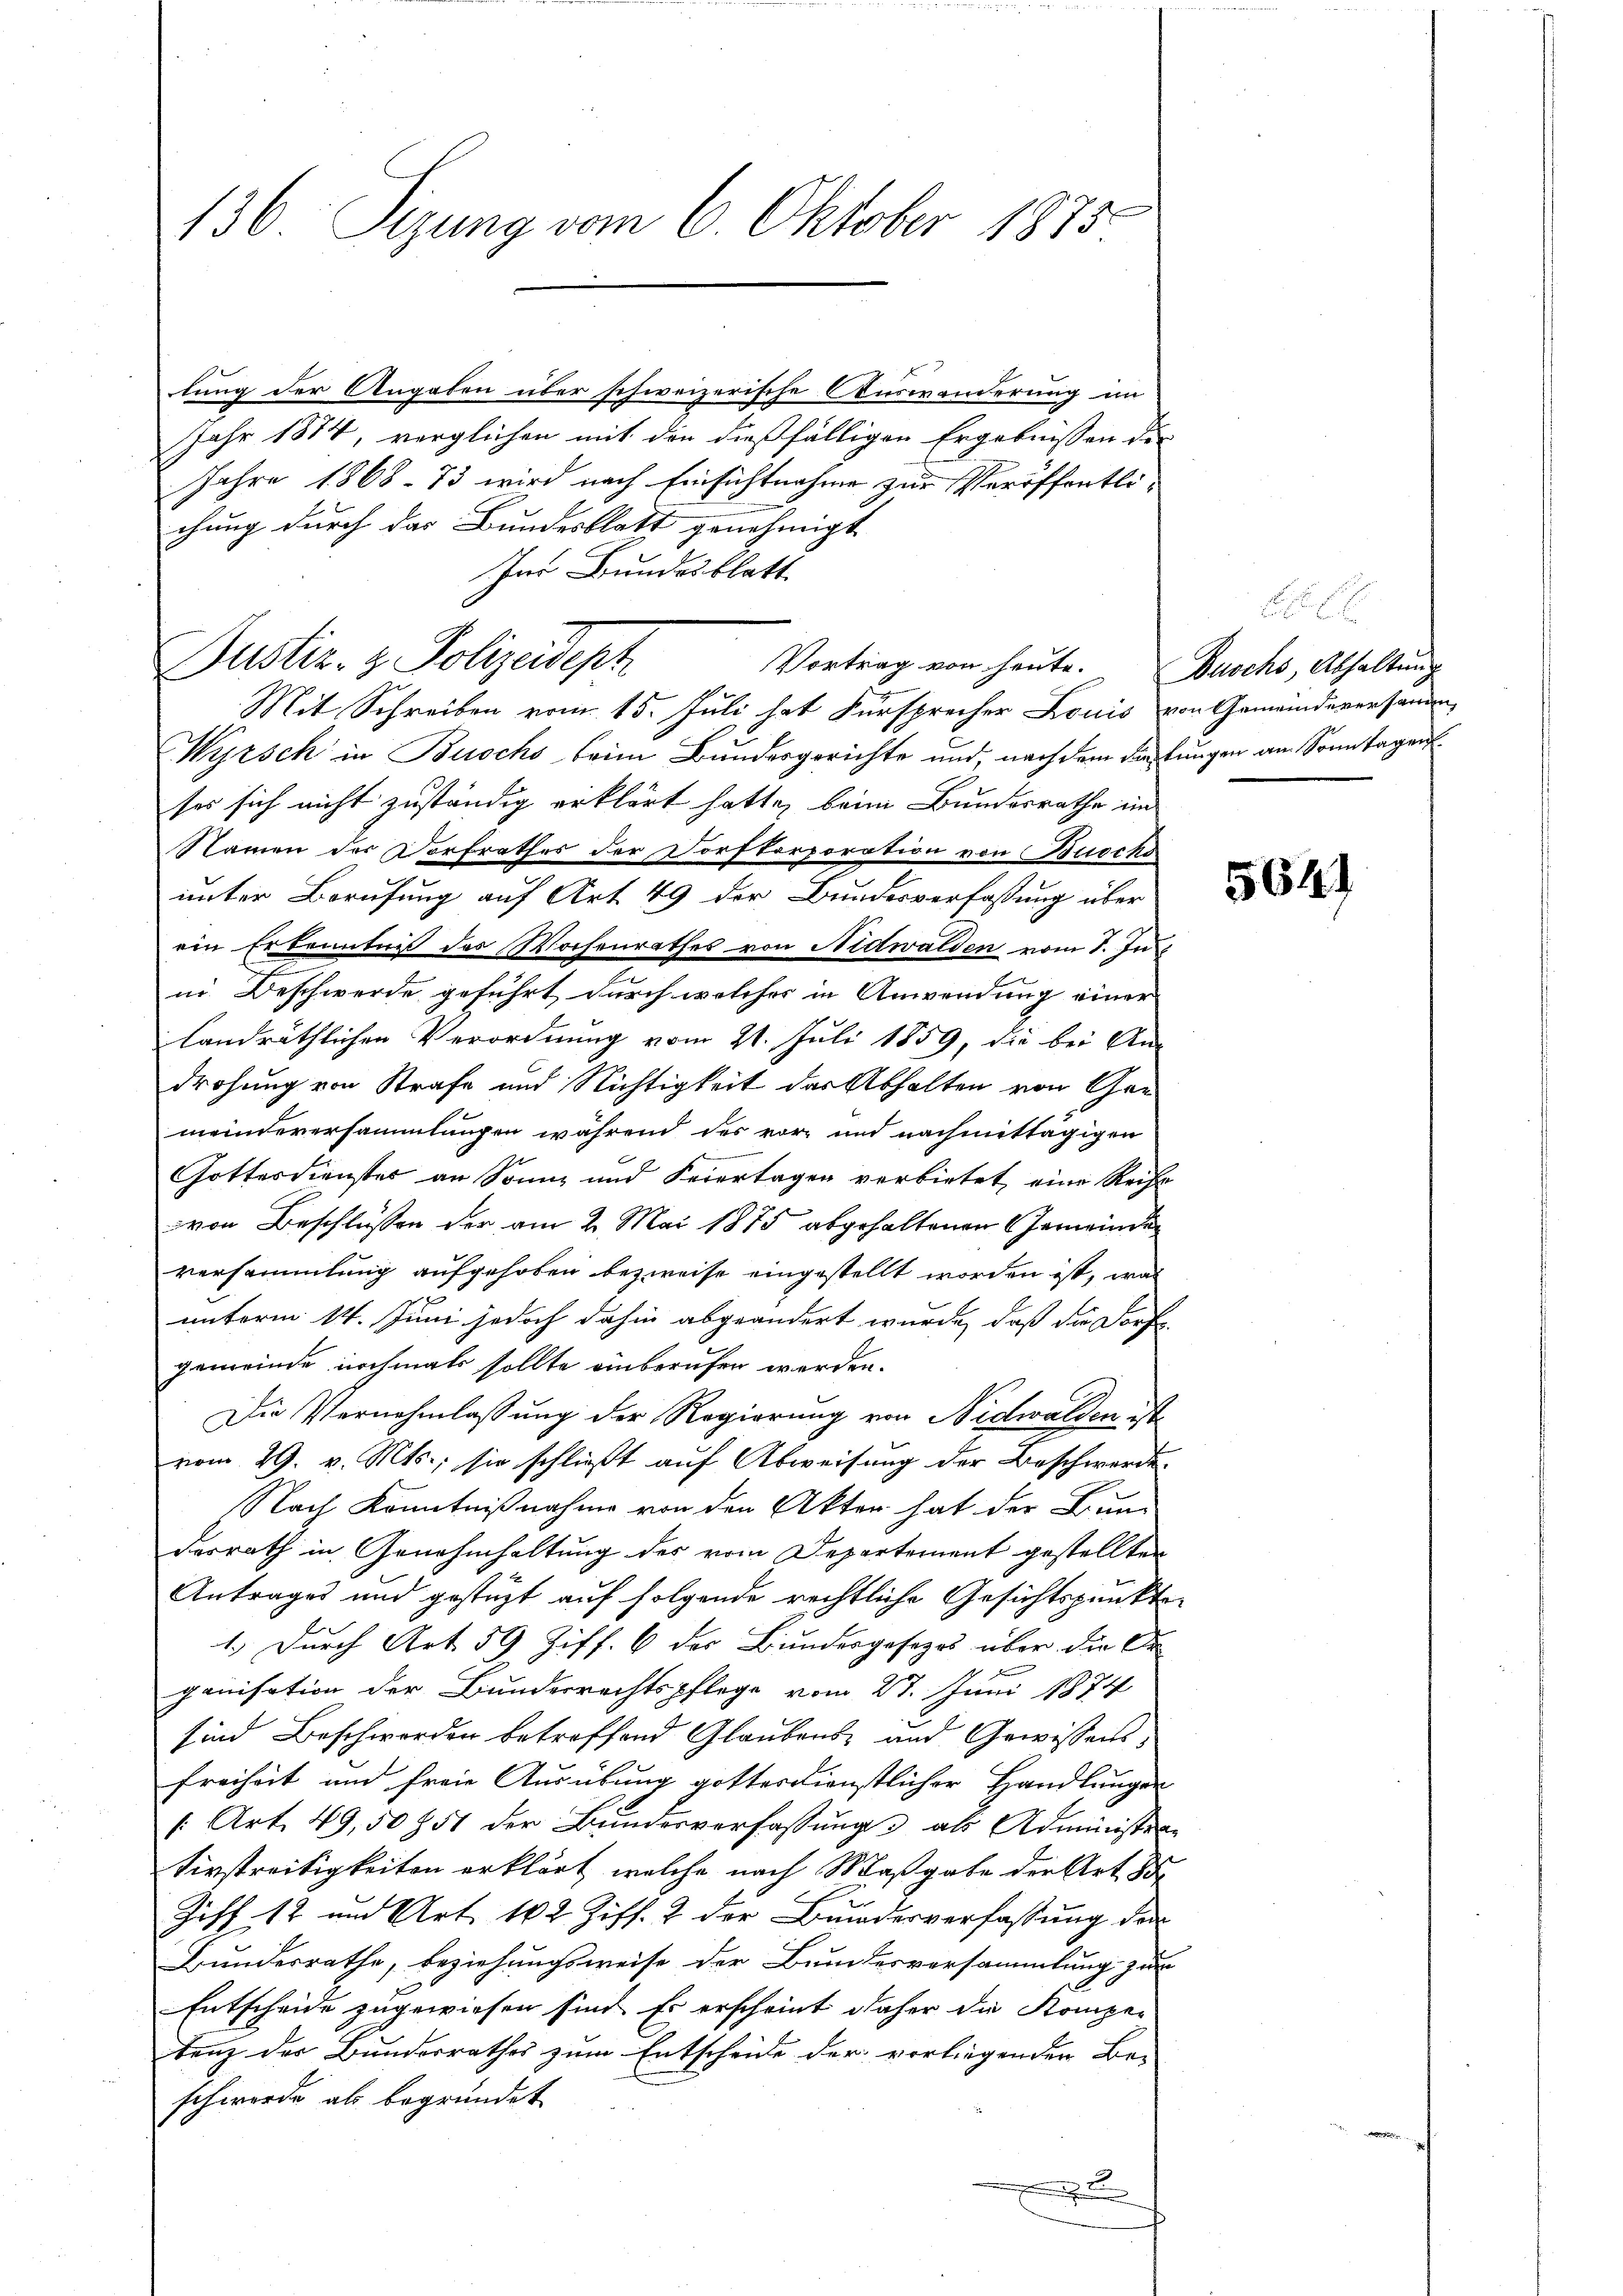
136 Sizung vom 6. Oktober 1875.

lung der Angaben über schweizerische Auswanderung im
Jahr 1874, verglichen mit den dießfälligen Ergebnissen des
Jahre 1868. 73 wird nach Einsichtnahme zur Veröffentli-
chung durch das Bundesblatt genehmigt
Ins Bundesblatt
Justiz- & Polizeidept
Vortrag von heute. Zuschs, Abhaltung
2
Mit Schreiben vom 15. Juli hat Fürsprecher Louis von Gemeindeversammen¬
Wyrsch in Buochs beim Bundesgerichte und, nach dem die Lungen am Sonntagenses sich nicht zuständig erklärt hatte, beim Bundesrathe im
Namen der Dorfrathes der Dorfkorporation von Buocho
unter Berufung auf Art. 49 der Bundesverfassung über
ein Erkenntniß des Wochenrathes von Nidwalden vom 8. Ju
2
in Beschwerde geführt, durch welcher in Anwendung einer
landräthlichen Verordnung vom 21. Juli 1859, die bei An-
drohung von Strafe und Nichtigkeit der Abhalten von Ger
meindeversammlungen während des vor- und nachmittägigen
Gottesdienster an Sonne und Feiertagen verbietet, eine Reihe
von Beschlüssen der am 2. Mai 1875 abgehaltenen Gemeinden
versammlung aufgehoben bezweife eingestellt worden ist, was
unterm 14. Juni jedoch dahin abgeändert wurde, daß die Dorfgemeinde nochmals sollte einberufen werden.
Die Vernehmlassung der Regierung von Nidwalden ist.
vom 29. v. Mts., sie schließt auf Abweisung der Beschwerde.
Nach Kenntnißnahme von den Akten hat der Bund
desrath in Genehmhaltung des vom Departement gestellten
Antrages und gestüzt auf folgende rechtliche Gesichtspunkte
1.) Durch Art. 59 Ziff. 6 des Bundesgesezes über die Or
ganisation der Bundesrechtspflege vom 27. Juni 1874
sind Beschworden betreffend Glaubens- und Gewissens
freiheit und freie Ausübung gottesdienstlicher Handlungen
/: Art. 49,50851 der Bundesverfassung als Administra-
Firstreitigkeiten erklärt, welche nach Maßgabe der Art. 85
Zuff 12 und Art. 102 Ziff. 2 der Bundesverfassung der
Bundesrathe, beziehungsweise der Bundesversammlung zur
Entscheide zugewiesen sind. Es erscheint daher die Kompetenz der Bundesrathes zum Entscheide der vorliegenden Be-
schwerde als begründet

564)